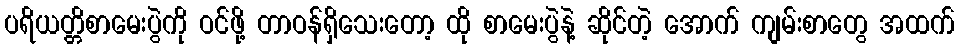
ပရိယတ္တိစာမေးပွဲကို ဝင်ဖို့ တာဝန်ရှိသေးတော့ ထို စာမေးပွဲနဲ့ ဆိုင်တဲ့ အောက် ကျမ်းစာတွေ အထက်